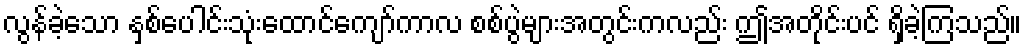
လွန်ခဲ့သော နှစ်ပေါင်းသုံးထောင်ကျော်ကာလ စစ်ပွဲများအတွင်းကလည်း ဤအတိုင်းပင် ရှိခဲ့ကြသည်။